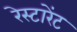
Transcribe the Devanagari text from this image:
रेस्टारेंट